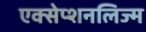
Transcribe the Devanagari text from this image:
एक्सेप्शनलिज्म